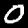
Label: 0